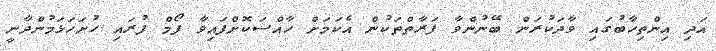
އަދި އިންތިހާބުގައި ވާދަކުރަން ބޭނުންވާ ފަރާތްތަކުން އެކަމަށް ހާއްސަކޮށްފައިވާ ފޯމް ފުރައި ހުށަހަޅަމުންދާނީ